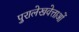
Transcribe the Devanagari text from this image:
पुरालेखवेत्ताओं